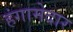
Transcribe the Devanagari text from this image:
हंगामेदार